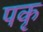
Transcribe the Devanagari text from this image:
पकृ